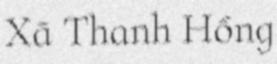
Xã Thanh Hồng